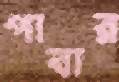
পাবার